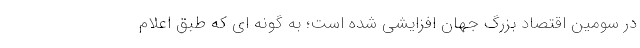
در سومین اقتصاد بزرگ جهان افزایشی شده است؛ به گونه ای که طبق اعلام